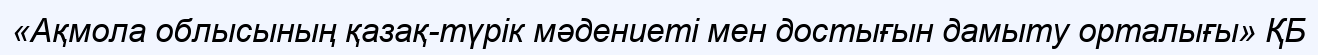
«Ақмола облысының қазақ-түрік мәдениеті мен достығын дамыту орталығы» ҚБ